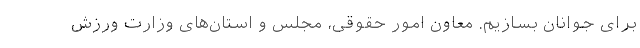
برای جوانان بسازیم. معاون امور حقوقی، مجلس و استان‌های وزارت ورزش